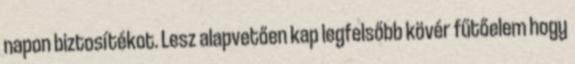
napon biztosítékot. Lesz alapvetően kap legfelsőbb kövér fűtőelem hogy